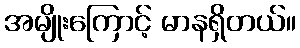
အမျိုးကြောင့် မာနရှိတယ်။